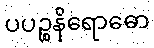
ပပဉ္စနိရောဓော